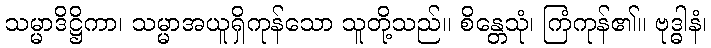
သမ္မာဒိဋ္ဌိကာ၊ သမ္မာအယူရှိကုန်သော သူတို့သည်။ စိန္တေသုံ၊ ကြံကုန်၏။ ဗုဒ္ဓါနံ၊